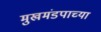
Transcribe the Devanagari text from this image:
मुखमंडपाच्या